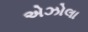
એઝોલા